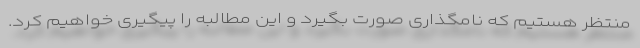
منتظر هستیم که نامگذاری صورت بگیرد و این مطالبه را پیگیری خواهیم کرد.